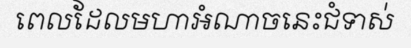
ពេលដែលមហាអំណាចនេះជំទាស់